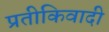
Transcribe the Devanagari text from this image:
प्रतीकिवादी